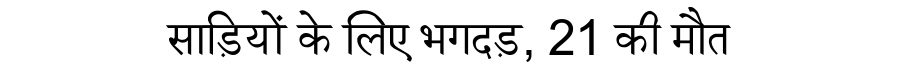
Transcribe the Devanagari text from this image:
साड़ियों के लिए भगदड़, 21 की मौत